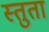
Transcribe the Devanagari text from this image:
स्तुता